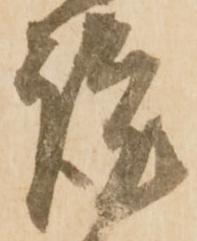
謹